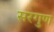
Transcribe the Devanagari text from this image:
सरगुण